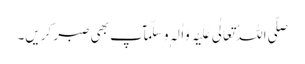
صَلَّی اللہُ تَعَالٰی عَلَیْہِ وَاٰلِہٖ وَسَلَّمَآپ بھی صبر کریں۔